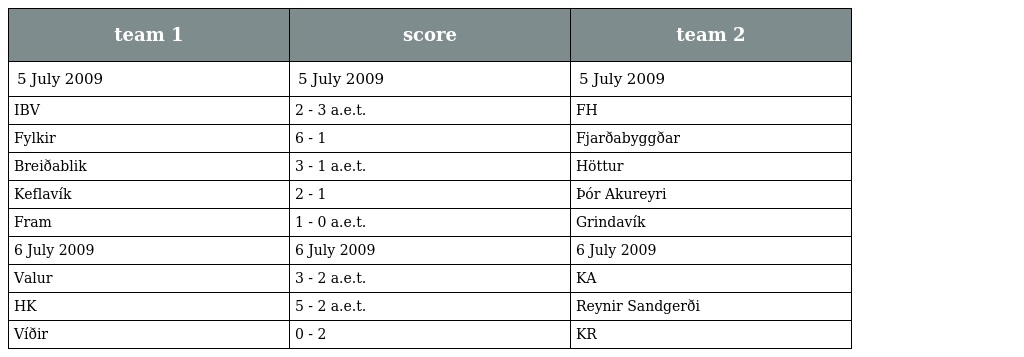
| team 1 | score | team 2 |
 | --- | --- | --- |
 | 5 July 2009 | 5 July 2009 | 5 July 2009 |
 | IBV | 2 - 3 a.e.t. | FH |
 | Fylkir | 6 - 1 | Fjarðabyggðar |
 | Breiðablik | 3 - 1 a.e.t. | Höttur |
 | Keflavík | 2 - 1 | Þór Akureyri |
 | Fram | 1 - 0 a.e.t. | Grindavík |
 | 6 July 2009 | 6 July 2009 | 6 July 2009 |
 | Valur | 3 - 2 a.e.t. | KA |
 | HK | 5 - 2 a.e.t. | Reynir Sandgerði |
 | Víðir | 0 - 2 | KR |